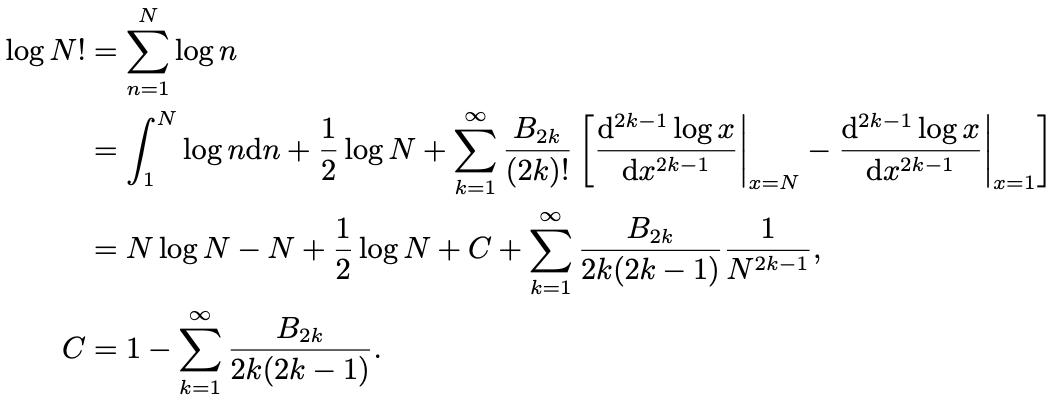
\begin{align*}
\log N! &= \sum_{n=1}^{N} \log n \\
&= \int_{1}^{N} \log n \mathrm{d}n + \frac{1}{2} \log N + \sum_{k=1}^{\infty} \frac{B_{2k}}{(2k)!} \left[ \left. \frac{\mathrm{d}^{2k - 1} \log x}{\mathrm{d}x^{2k - 1}} \right|_{x = N} - \left. \frac{\mathrm{d}^{2k - 1} \log x}{\mathrm{d}x^{2k - 1}} \right|_{x = 1} \right] \\
&= N \log N - N + \frac{1}{2} \log N + C + \sum_{k=1}^{\infty} \frac{B_{2k}}{2k(2k - 1)} \frac{1}{N^{2k - 1}}, \\
C &= 1 - \sum_{k=1}^{\infty} \frac{B_{2k}}{2k(2k - 1)}.
\end{align*}